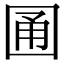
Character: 𡇮